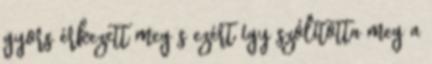
gyors érkezett meg s ezért így szólította meg a